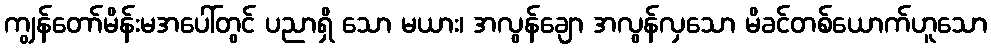
ကျွန်တော်မိန်းမအပေါ်တွင် ပညာရှိ သော မယား၊ အလွန်ချော အလွန်လှသော မိခင်တစ်ယောက်ဟူသော